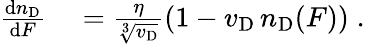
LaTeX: \begin{array}{rl}{\frac{\mathop{}\! \mathrm{d}n_{\mathrm{D}}}{\mathop{}\! \mathrm{d}F}}&{{}=\frac{\eta}{\sqrt[3]{v_{\mathrm{D}}}}\left(1-v_{\mathrm{D}}\, n_{\mathrm{D}}(F)\right)\; .}\end{array}